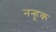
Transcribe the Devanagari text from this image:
नन्हूक